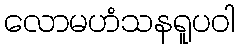
လောမဟံသနရူပဝါ